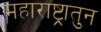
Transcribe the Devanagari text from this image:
महाराष्ट्रातुन